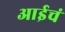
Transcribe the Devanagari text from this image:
आईचं